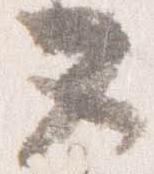
又